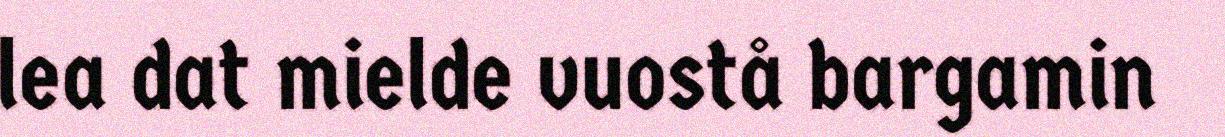
lea dat mielde vuostå bargamin